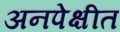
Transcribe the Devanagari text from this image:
अनपेक्षीत